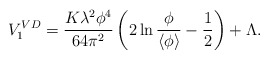
\begin{align*}V_1^{VD} = {K\lambda^2\phi^4\over 64\pi^2}\left( 2\ln {\phi\over\left<\phi\right> } -{1\over 2}\right) + \Lambda.\end{align*}